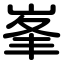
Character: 峯